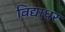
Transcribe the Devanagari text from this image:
बिद्याधर